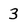
Character: 3